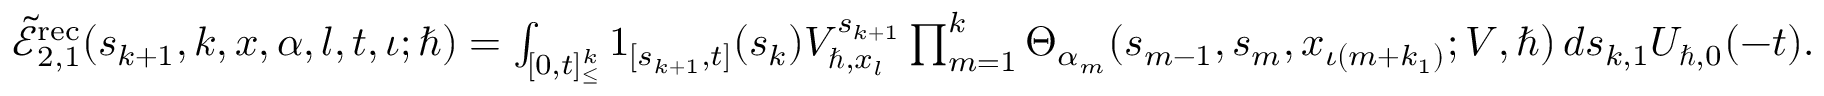
\begin{array} { r } { \tilde { \mathcal { E } } _ { 2 , 1 } ^ { \mathrm { r e c } } ( s _ { k + 1 } , k , \boldsymbol { x } , \alpha , l , t , \iota ; \hbar ) = \int _ { [ 0 , t ] _ { \leq } ^ { k } } \boldsymbol { 1 } _ { [ s _ { k + 1 } , t ] } ( s _ { k } ) V _ { \hbar , x _ { l } } ^ { s _ { k + 1 } } \prod _ { m = 1 } ^ { k } \Theta _ { \alpha _ { m } } ( s _ { m - 1 } , { s } _ { m } , x _ { \iota ( m + k _ { 1 } ) } ; V , \hbar ) \, d \boldsymbol { s } _ { k , 1 } U _ { \hbar , 0 } ( - t ) . } \end{array}